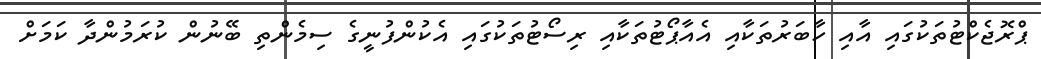
ޕްރޮޖެކްޓުތަކުގައި އާއި ހާބަރުތަކާއި އެއާޕޯޓުތަކާއި ރިސޯޓުތަކުގައި އެކުންފުނީގެ ސިމެންތި ބޭނުން ކުރަމުންދާ ކަމަށް